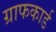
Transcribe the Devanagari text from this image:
ग्राफकार्ड